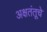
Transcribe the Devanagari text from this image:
अक्षतंतूचे